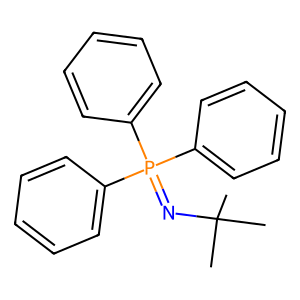
SMILES: CC(C)(C)N=P(c1ccccc1)(c1ccccc1)c1ccccc1
Inhibits HIV replication: No